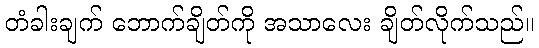
တံခါးချက် ဘောက်ချိတ်ကို အသာလေး ချိတ်လိုက်သည်။